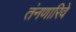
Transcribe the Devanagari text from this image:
तंनणारिवे